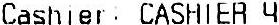
CASHIER: CASHIER 4